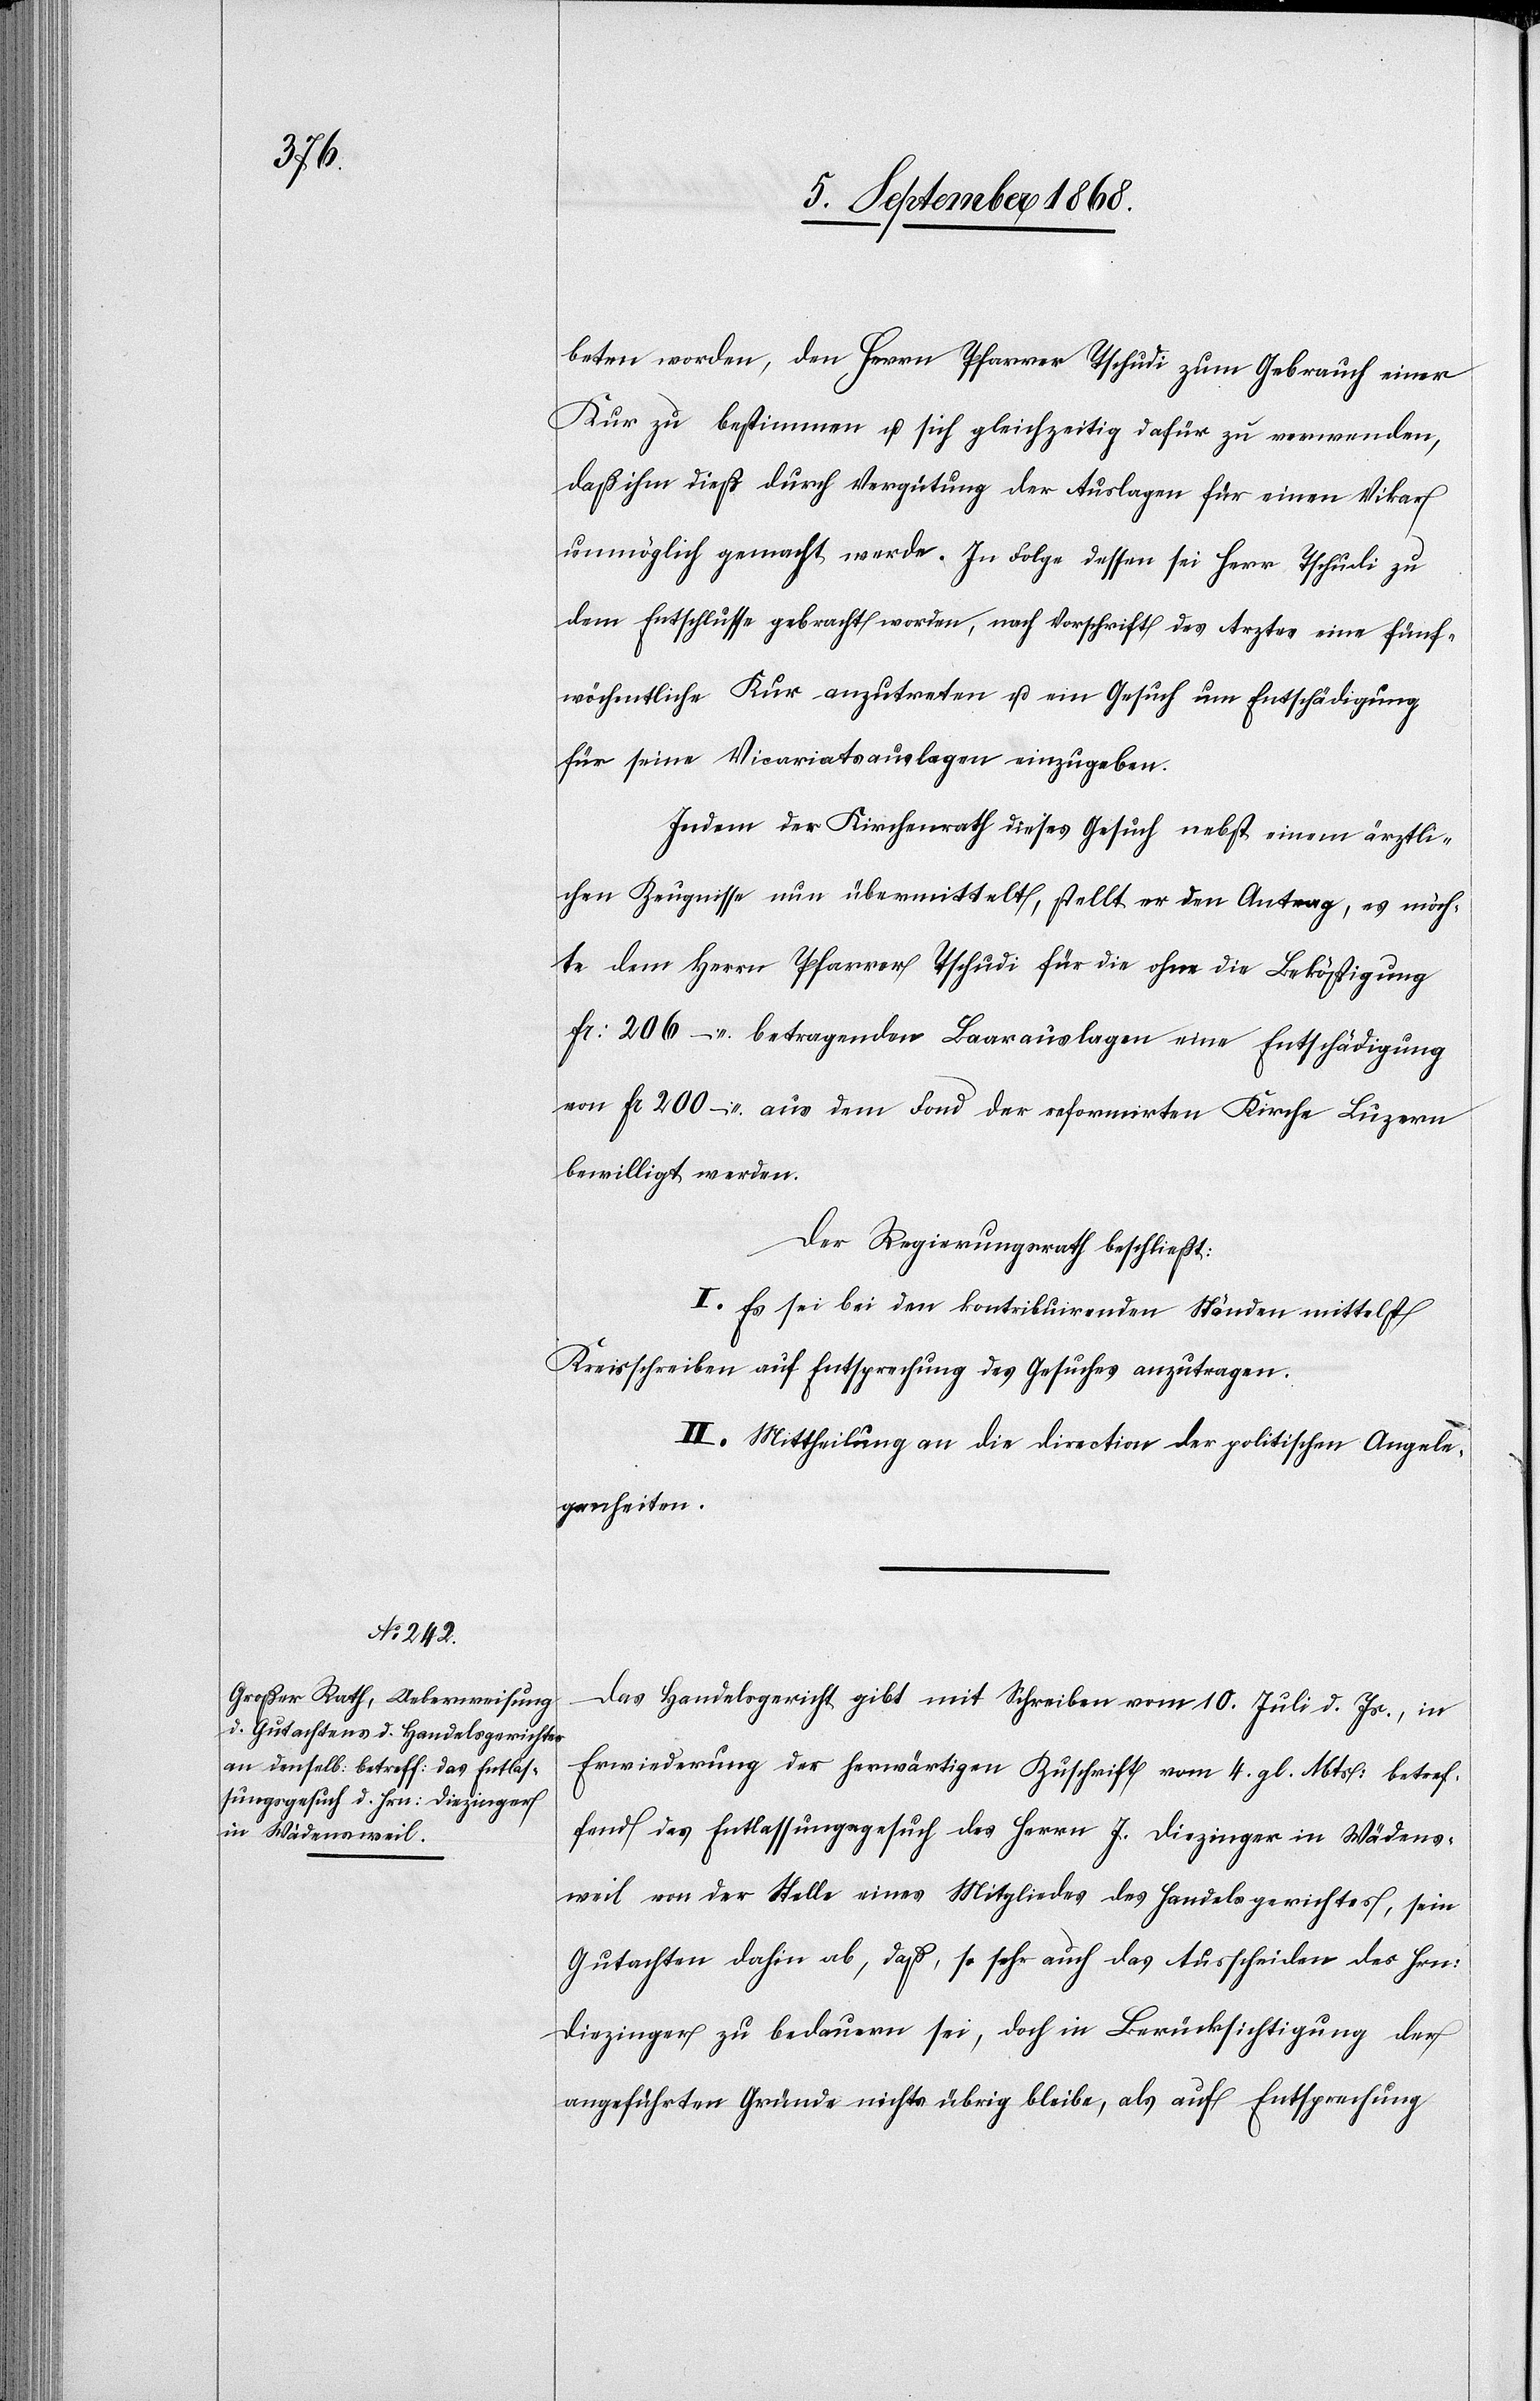
beten worden, den Herrn Pfarrer Tschudi zum Gebrauch einer
Kur zu bestimmen u. sich gleichzeitig dafür zu verwenden,
daß ihm dieß durch Vergütung der Auslagen für einen Vikar
möglich] gemacht werde. In Folge dessen sei Herr Tschudi zu
dem Entschlusse gebracht worden, nach Vorschrift des Arztes eine fünf¬
wöchentliche Kur anzutreten u. ein Gesuch um Entschädigung
für seine Vicariatsauslagen einzugeben.
Indem der Kirchenrath dieses Gesuch nebst einem ärztli¬
chen Zeugnisse nun übermittelt, stellt er den Antrag, es möch¬
te dem Herrn Pfarrer Tschudi für die ohne die Beköstigung
Fr: 206 – betragenden Baarauslagen eine Entschädigung
von Fr 200 – aus dem Fond der reformirten Kirche Luzern
bewilligt werden.
Der Regierungsrath beschließt:
I. Es sei bei den kontribuirenden Ständen mittelst
Kreisschreiben auf Entsprechung des Gesuches anzutragen.
II. Mittheilung an die Direction der politischen Angele¬
genheiten.
Das Handelsgericht gibt mit Schreiben vom 10. Juli d. Js., in
Erwiederung der herwärtigen Zuschrift vom 4. gl. Mts: betref¬
fend das Entlassungsgesuch des Herrn J. Diezinger in Wädens¬
weil von der Stelle eines Mitgliedes des Handelsgerichtes, sein
Gutachten dahin ab, daß, so sehr auch das Ausscheiden des Hrn:
Diezinger zu bedauern sei, doch in Berücksichtigung der
angeführten Gründe nichts übrig bleibe, als auf Entsprechung